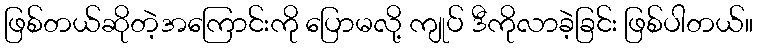
ဖြစ်တယ်ဆိုတဲ့အကြောင်းကို ပြောမလို့ ကျုပ် ဒီကိုလာခဲ့ခြင်း ဖြစ်ပါတယ်။